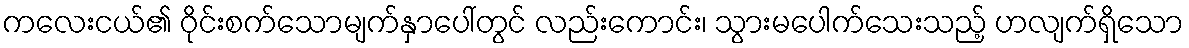
ကလေးငယ်၏ ဝိုင်းစက်သောမျက်နှာပေါ်တွင် လည်းကောင်း၊ သွားမပေါက်သေးသည့် ဟလျက်ရှိသော